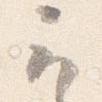
云